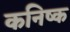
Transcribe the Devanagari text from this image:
कनिष्‍क